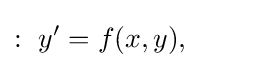
:\ y'=f(x,y),\qquad